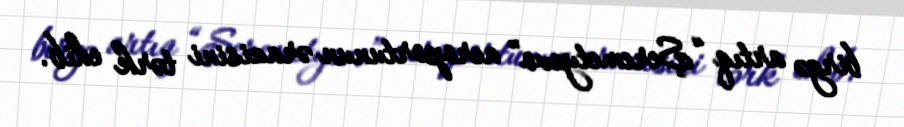
birgə artıq “Şeremetyevo” aeroportunun ərazisini tərk edib.